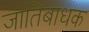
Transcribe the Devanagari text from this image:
जातिबाधक